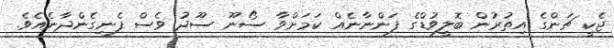
ޖެކީ ޗަންގެ އިތުރުން ބޮލީވުޑްގެ ފަންނާނެއް ކަމަށްވާ ސޯނޫ ސޫދު ވެސް ފެނިގެންދާނެއެވެ.